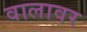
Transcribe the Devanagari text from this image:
वालावर